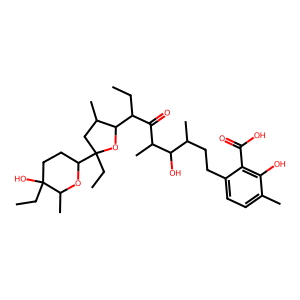
SMILES: CCC(C(=O)C(C)C(O)C(C)CCc1ccc(C)c(O)c1C(=O)O)C1OC(CC)(C2CCC(O)(CC)C(C)O2)CC1C
Inhibits HIV replication: Yes